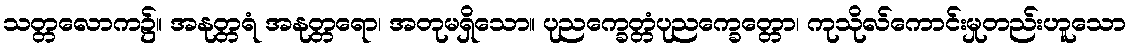
သတ္တလောက၌။ အနုတ္တရံ အနုတ္တရော၊ အတုမရှိသော။ ပုညက္ခေတ္တံပုညက္ခေတ္တော၊ ကုသိုလ်ကောင်းမှုတည်းဟူသော